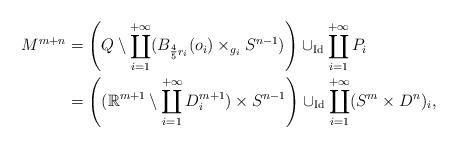
LaTeX: \begin{align*}M^{m+n}&=\left(Q\setminus\coprod\limits_{i=1}^{+\infty}(B_{\frac45r_i}(o_i)\times_{g_i}S^{n-1})\right)\cup_{\textrm{Id}}\coprod\limits_{i=1}^{+\infty}P_i\\&=\left((\mathbb{R}^{m+1}\setminus\coprod\limits_{i=1}^{+\infty}D_i^{m+1})\times S^{n-1}\right)\cup_{\textrm{Id}}\coprod\limits_{i=1}^{+\infty}(S^m\times D^n)_i,\end{align*}